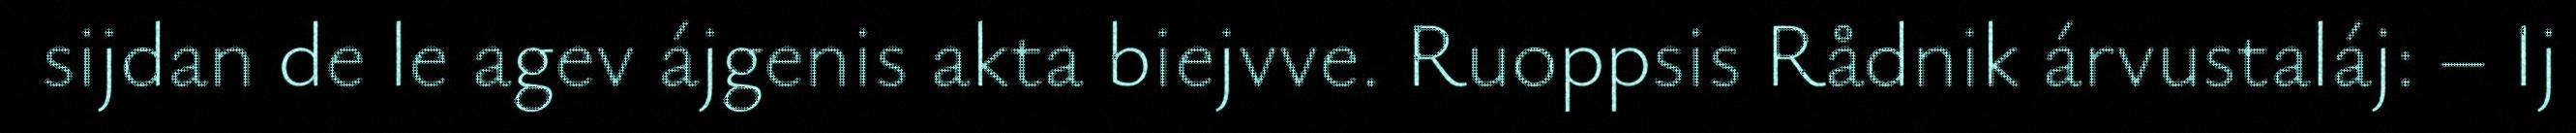
sijdan de le agev ájgenis akta biejvve. Ruoppsis Rådnik árvustaláj: – Ij